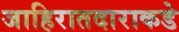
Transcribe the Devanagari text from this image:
जाहिरातदाराकडे